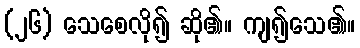
(၂၆) သေစေလို၍ ဆို၏။ ကျ၍သေ၏။